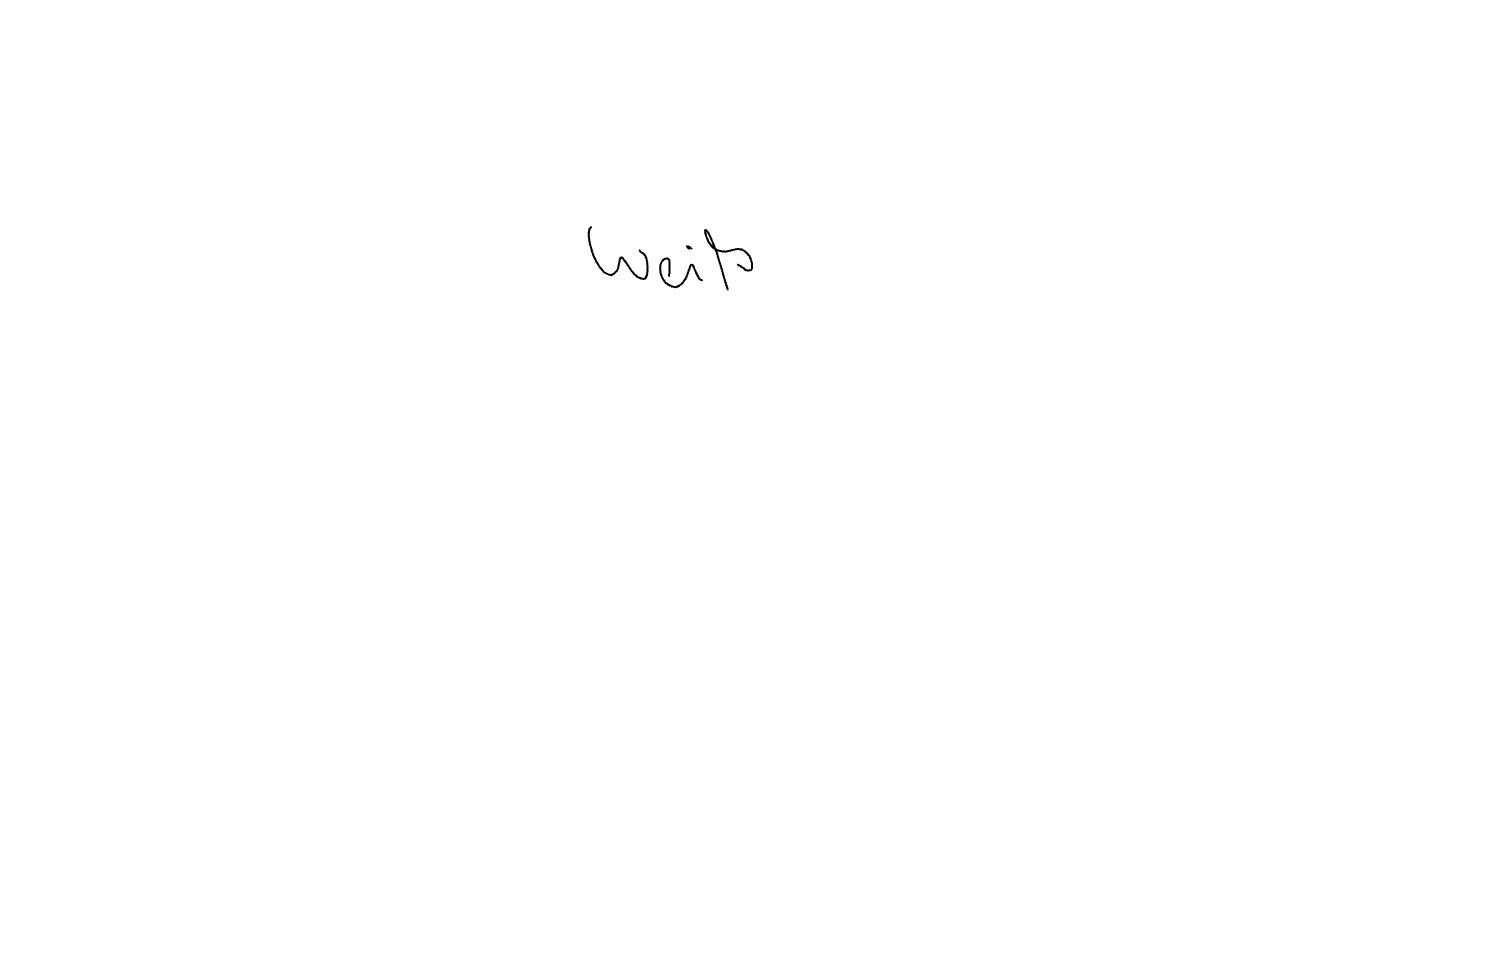
Text: Weiß